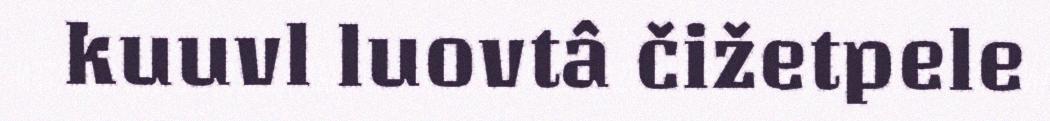
kuuvl luovtâ čižetpele